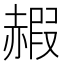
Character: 赮